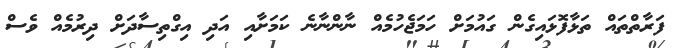
ފަރާތްތައް ތަޅާފޮޅައިގެން ގައުމަށް ހަމަޖެހުމެއް ނާންނާނެ ކަމަށާއި އަދި އިގްތިސާދަށް ދިރުމެއް ވެސް